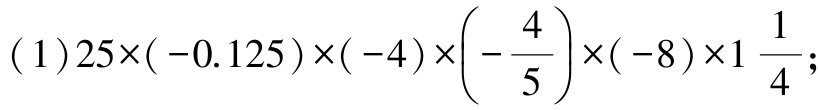
\((1)25\times(-0.125)\times(-4)\times\left(-\dfrac{4}{5}\right)\times(-8)\times1\dfrac{1}{4};\)